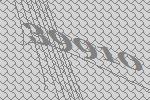
39910